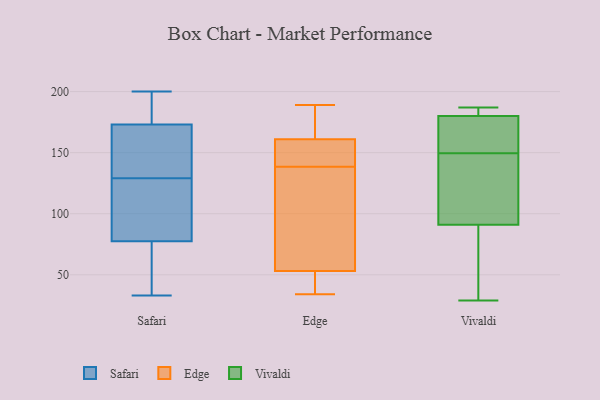
{"axis": {"x": "Latency (ms)", "y": "Value"}, "legend": ["Edge", "Safari", "Vivaldi"], "data": [{"x": "", "y": 60, "type": "Safari"}, {"x": "", "y": 183, "type": "Safari"}, {"x": "", "y": 129, "type": "Safari"}, {"x": "", "y": 157, "type": "Safari"}, {"x": "", "y": 174, "type": "Safari"}, {"x": "", "y": 200, "type": "Safari"}, {"x": "", "y": 129, "type": "Safari"}, {"x": "", "y": 172, "type": "Safari"}, {"x": "", "y": 129, "type": "Safari"}, {"x": "", "y": 80, "type": "Safari"}, {"x": "", "y": 195, "type": "Safari"}, {"x": "", "y": 65, "type": "Safari"}, {"x": "", "y": 75, "type": "Safari"}, {"x": "", "y": 33, "type": "Safari"}, {"x": "", "y": 107, "type": "Safari"}, {"x": "", "y": 89, "type": "Safari"}, {"x": "", "y": 53, "type": "Edge"}, {"x": "", "y": 84, "type": "Edge"}, {"x": "", "y": 95, "type": "Edge"}, {"x": "", "y": 134, "type": "Edge"}, {"x": "", "y": 143, "type": "Edge"}, {"x": "", "y": 46, "type": "Edge"}, {"x": "", "y": 42, "type": "Edge"}, {"x": "", "y": 185, "type": "Edge"}, {"x": "", "y": 175, "type": "Edge"}, {"x": "", "y": 160, "type": "Edge"}, {"x": "", "y": 159, "type": "Edge"}, {"x": "", "y": 161, "type": "Edge"}, {"x": "", "y": 34, "type": "Edge"}, {"x": "", "y": 189, "type": "Edge"}, {"x": "", "y": 187, "type": "Vivaldi"}, {"x": "", "y": 154, "type": "Vivaldi"}, {"x": "", "y": 145, "type": "Vivaldi"}, {"x": "", "y": 182, "type": "Vivaldi"}, {"x": "", "y": 95, "type": "Vivaldi"}, {"x": "", "y": 142, "type": "Vivaldi"}, {"x": "", "y": 88, "type": "Vivaldi"}, {"x": "", "y": 184, "type": "Vivaldi"}, {"x": "", "y": 91, "type": "Vivaldi"}, {"x": "", "y": 180, "type": "Vivaldi"}, {"x": "", "y": 38, "type": "Vivaldi"}, {"x": "", "y": 157, "type": "Vivaldi"}, {"x": "", "y": 29, "type": "Vivaldi"}, {"x": "", "y": 168, "type": "Vivaldi"}]}